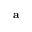
\mathbf { a }